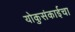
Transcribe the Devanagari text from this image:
योकुसंकाईचा